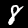
Label: 8